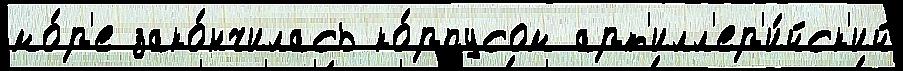
мо́р'е зако́нчилась ко́рпусом арт'илл'ер'и́йск'ий